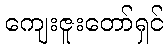
ကျေးဇူးတော်ရှင်